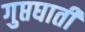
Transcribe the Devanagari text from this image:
गुप्तघाती